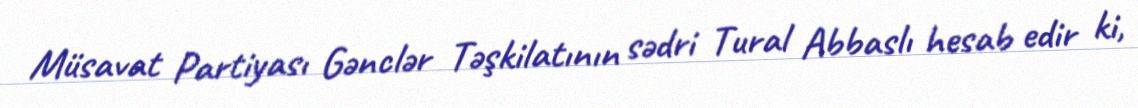
Müsavat Partiyası Gənclər Təşkilatının sədri Tural Abbaslı hesab edir ki,